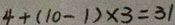
4 + ( 1 0 - 1 ) \times 3 = 3 1